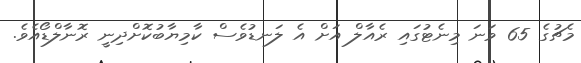
މެޗުގެ 65 ވަނަ މިނެޓުގައި ރެއާލް އަށް އެ ލަނޑުވެސް ކާމިޔާބުކޮށްދިނީ ރޮނާލްޑޯއެވެ.